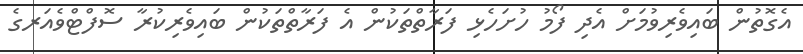
އެގޮތުން ބައިވެރިވުމަށް އެދި ފޯމު ހުށަހެޅި ފަރާތްތަކުން އެ ފަރާތްތަކުން ބައިވެރިކުރާ ސޮފްޓްވެއަރގެ